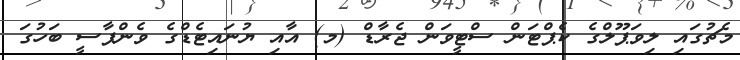
މެޗުގައި ލިވަޕޫލްގެ ކެޕްޓަން ސްޓީވަން ޖެރާޑް (މ) އާއި ޔުނައިޓެޑްގެ ވެންޕާސީ ބަހުގަ